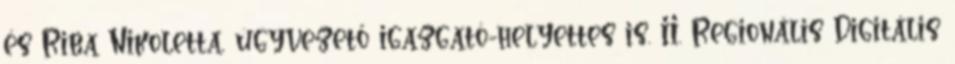
és Riba Nikoletta, ügyvezető igazgató-helyettes is. II. Regionális Digitális